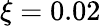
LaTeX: \xi=0.02